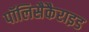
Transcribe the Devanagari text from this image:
पॉलिसैकैराइड